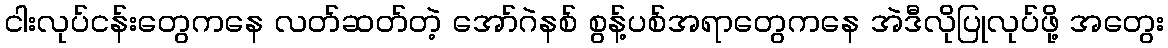
ငါးလုပ်ငန်းတွေကနေ လတ်ဆတ်တဲ့ အော်ဂဲနစ် စွန့်ပစ်အရာတွေကနေ အဲဒီလိုပြုလုပ်ဖို့ အတွေး